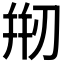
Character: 𠝵